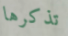
تذكرها